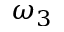
\omega _ { 3 }